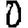
Digit: 0